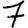
Digit: 7